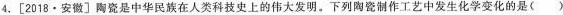
4.[2018·安徽]陶瓷是中华民族在人类科技史上的伟大发明。下列陶瓷制作工艺中发生化学变化的是()